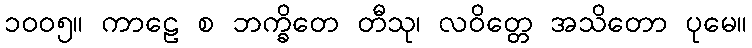
၁၀၀၅။ ကာဠေ စ ဘက္ခိတေ တီသု၊ လဝိတ္တေ အသိတော ပုမေ။